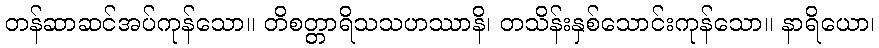
တန်ဆာဆင်အပ်ကုန်သော။ တိစတ္တာရိသသဟဿာနိ၊ တသိန်းနှစ်သောင်းကုန်သော။ နာရိယော၊